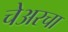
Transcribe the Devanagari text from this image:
चेअरचा